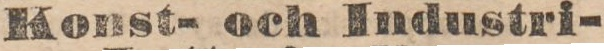
Konst- och Industri-